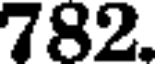
782.